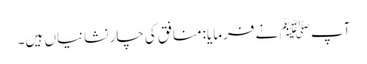
آپ ﷺ نے فرمایا:منافق کی چار نشانیاں ہیں۔